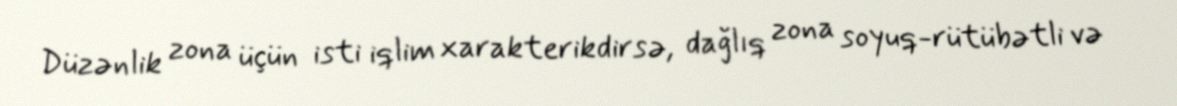
Düzənlik zona üçün isti iqlim xarakterikdirsə, dağlıq zona soyuq-rütübətli və